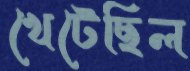
খেটেছিল